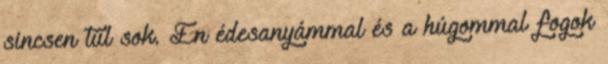
sincsen túl sok. Én édesanyámmal és a húgommal fogok